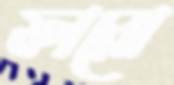
ফারো